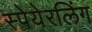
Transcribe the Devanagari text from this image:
स्पेयेरलिंग